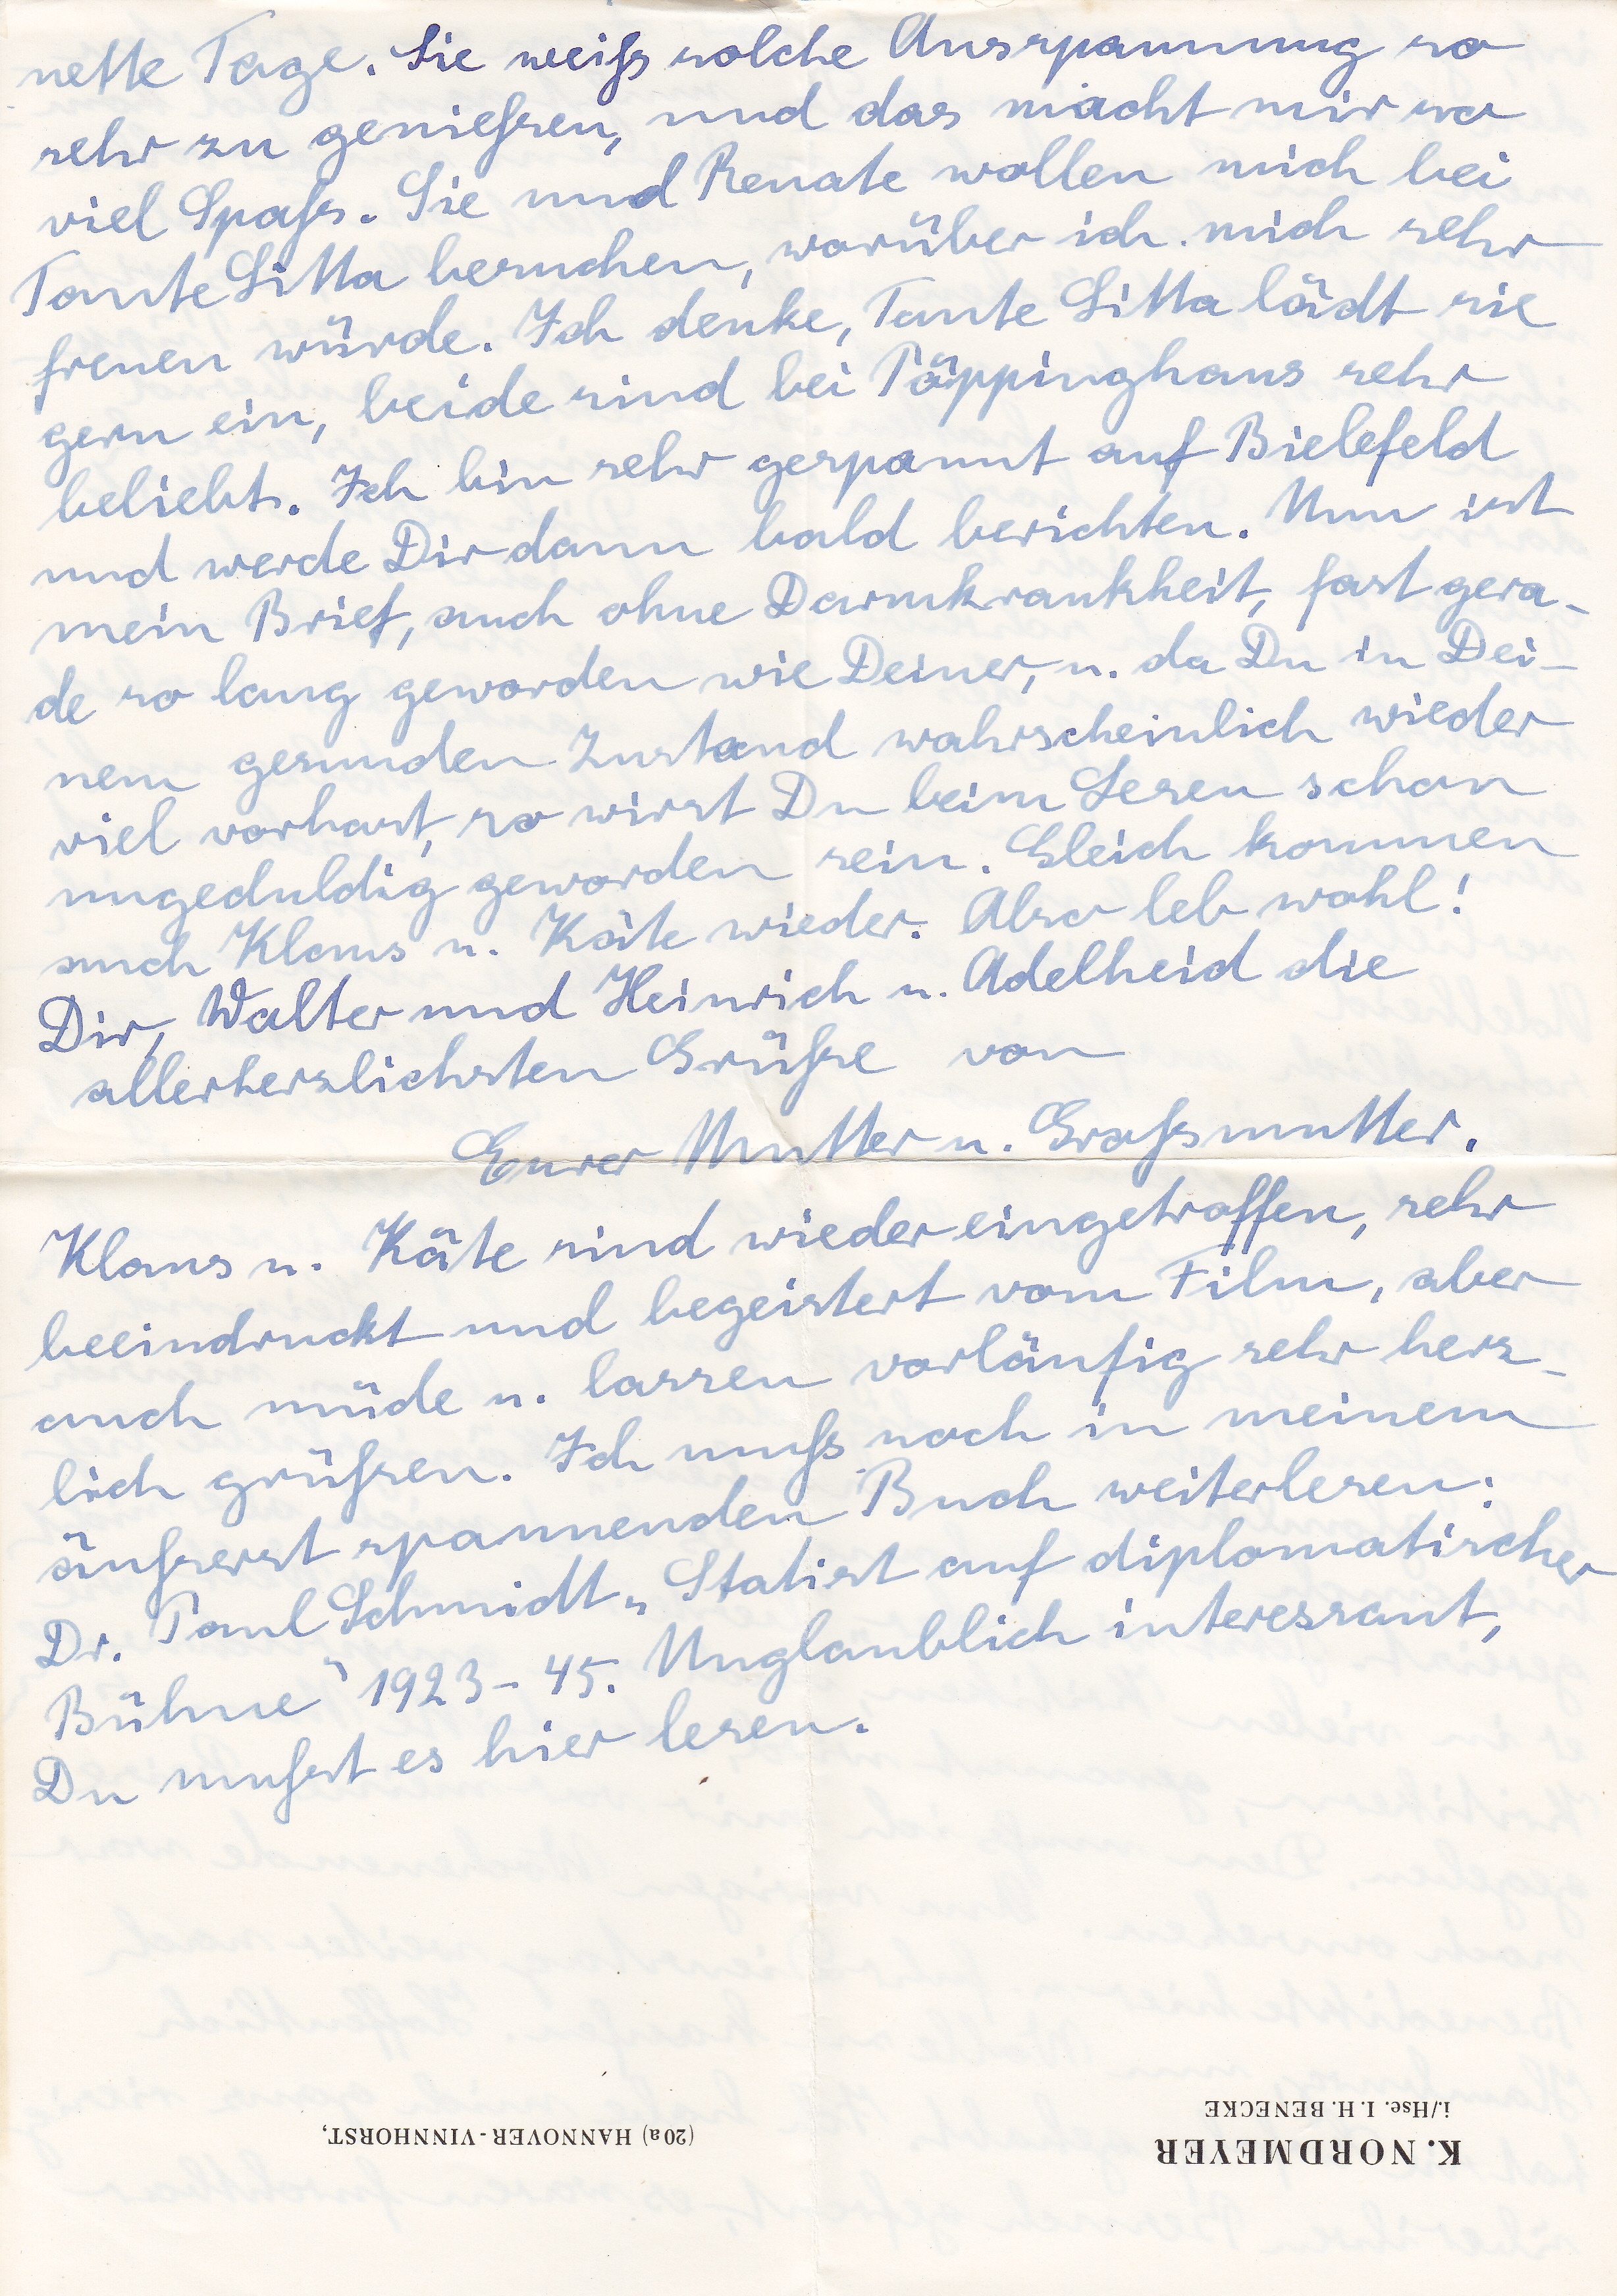
nette Tage. Sie weiß solche Anspannung so
sehr zu genießen, und das macht mir so
viel Spaß. Sie und Renate wollen mich bei
Tante Litta besuchen, worüber ich mich sehr
freuen würde. Ich denke, Tante Litta lädt sie
gern ein, beide sind bei Pöppinghaus sehr
beliebt. Ich bin sehr gespannt auf Bielefeld
und werde Dir dann bald berichten. Nun ist
mein Brief, auch ohne Darmkrankheit fast gera
de so lang geworden wie Deiner, u da Du in Dei
nem gesunden Zustand wahrscheinlich wieder
viel vorhast, so wirst Du beim Lesen schon
ungeduldig geworden sein. Gleich kommen
auch Klaus u. Käte wieder. Also leb wohl!
Dir, Walter und Heinrich u. Adelheid die
allerherzlichsten Grüße von
Eurer Mutter u. Großmutter.
Klaus u. Käte sind wieder eingetroffen, sehr
beeindruckt und begeistert vom Film, aber
auch müde u. lassen vorläufig sehr herzl
lich grüßen. Ich muß noch in meinem
äußerst spannenden Buch weiterlesen:
Dr. Paul Schmidt, Statist auf diplomatischer
Bühne 1923 - 45. Unglaublich interessant,
Du mußt es hier lesen.